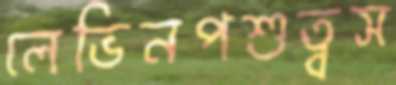
লেভিনপশুত্বস